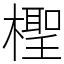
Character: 檉